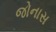
જોનાસ